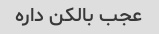
عجب بالکن داره